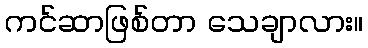
ကင်ဆာဖြစ်တာ သေချာလား။